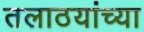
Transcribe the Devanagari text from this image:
तलाठयांच्या